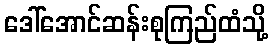
ဒေါ်အောင်ဆန်းစုကြည်ထံသို့